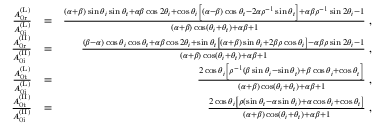
\begin{array} { r l r } { \frac { A _ { \mathrm { 0 r } } ^ { \mathrm { ( L ) } } } { A _ { \mathrm { 0 i } } ^ { \mathrm { ( L ) } } } } & { = } & { \frac { ( \alpha + \beta ) \sin \theta _ { i } \sin \theta _ { t } + \alpha \beta \cos 2 \theta _ { i } + \cos \theta _ { i } \left[ ( \alpha - \beta ) \cos \theta _ { t } - 2 \alpha \rho ^ { - 1 } \sin \theta _ { t } \right] + \alpha \beta \rho ^ { - 1 } \sin 2 \theta _ { i } - 1 } { ( \alpha + \beta ) \cos ( \theta _ { i } + \theta _ { t } ) + \alpha \beta + 1 } \; , } \\ { \frac { A _ { \mathrm { 0 r } } ^ { \mathrm { ( I I ) } } } { A _ { \mathrm { 0 i } } ^ { \mathrm { ( I I ) } } } } & { = } & { \frac { ( \beta - \alpha ) \cos \theta _ { i } \cos \theta _ { t } + \alpha \beta \cos 2 \theta _ { i } + \sin \theta _ { t } \left[ ( \alpha + \beta ) \sin \theta _ { i } + 2 \beta \rho \cos \theta _ { i } \right] - \alpha \beta \rho \sin 2 \theta _ { i } - 1 } { ( \alpha + \beta ) \cos ( \theta _ { i } + \theta _ { t } ) + \alpha \beta + 1 } \; , } \\ { \frac { A _ { \mathrm { 0 t } } ^ { \mathrm { ( L ) } } } { A _ { \mathrm { 0 i } } ^ { \mathrm { ( L ) } } } } & { = } & { \frac { 2 \cos \theta _ { i } \left[ \rho ^ { - 1 } ( \beta \sin \theta _ { i } - \sin \theta _ { t } ) + \beta \cos \theta _ { i } + \cos \theta _ { t } \right] } { ( \alpha + \beta ) \cos ( \theta _ { i } + \theta _ { t } ) + \alpha \beta + 1 } \; , } \\ { \frac { A _ { \mathrm { 0 t } } ^ { \mathrm { ( I I ) } } } { A _ { \mathrm { 0 i } } ^ { \mathrm { ( I I ) } } } } & { = } & { \frac { 2 \cos \theta _ { i } \left[ \rho ( \sin \theta _ { t } - \alpha \sin \theta _ { i } ) + \alpha \cos \theta _ { i } + \cos \theta _ { t } \right] } { ( \alpha + \beta ) \cos ( \theta _ { i } + \theta _ { t } ) + \alpha \beta + 1 } \; , } \end{array}